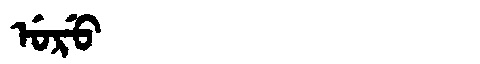
Manchu: ᡠᡵᡠ
Romanization: URU